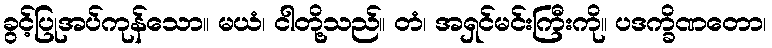
ခွင့်ပြုအပ်ကုန်သော။ မယံ၊ ငါတို့သည်။ တံ၊ အရှင်မင်းကြီးကို။ ပဒက္ခိဏတော၊